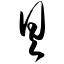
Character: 具